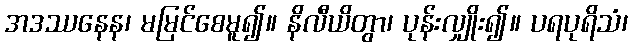
အဒဿနေန၊ မမြင်စေမူ၍။ နိလီယိတွာ၊ ပုန်းလျှိုး၍။ ပရပုရိသံ၊